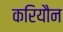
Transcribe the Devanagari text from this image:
करियौन